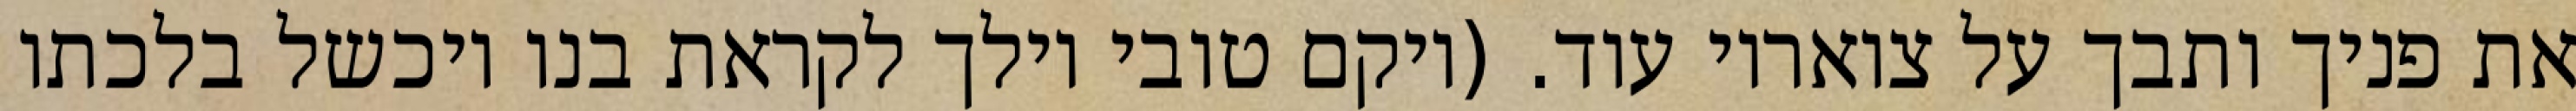
את פניך ותבך על צואריו עוד. (ויקם טובי וילך לקראת בנו ויכשל בלכתו